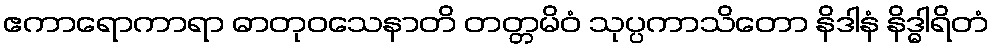
ဧကာရောကာရာ ဓာတုဝသေနာတိ တတ္တမိဝံ သုပ္ပကာသိတော နိဒါနံ နိဒ္ဓါရိတံ